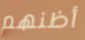
أظنهم